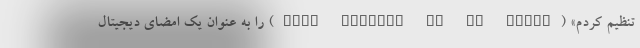
تنظیم کردم» (just setting up my twttr) را به عنوان یک امضای دیجیتال